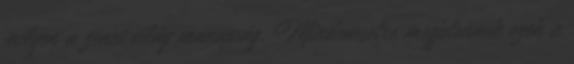
milyen a zenei világ manapság. Mindenesetre megjelennek ezek a